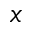
x